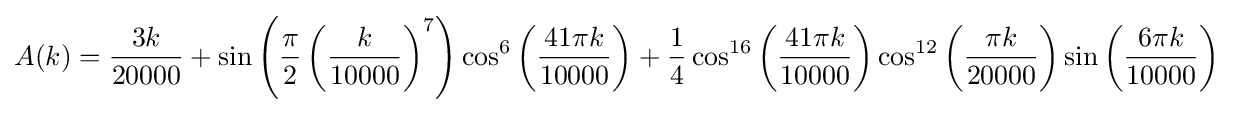
A(k)={\frac {3k}{20000}}+\sin \left({\frac {\pi }{2}}\left({\frac {k}{10000}}\right)^{7}\right)\cos ^{6}\left({\frac {41\pi k}{10000}}\right)+{\frac {1}{4}}\cos ^{16}\left({\frac {41\pi k}{10000}}\right)\cos ^{12}\left({\frac {\pi k}{20000}}\right)\sin \left({\frac {6\pi k}{10000}}\right)